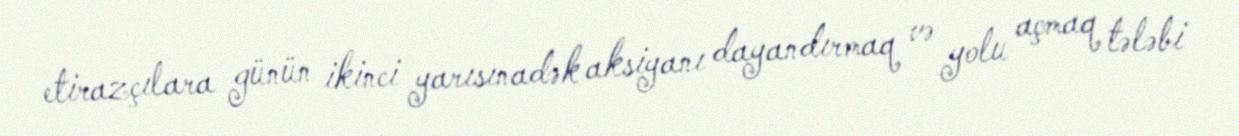
etirazçılara günün ikinci yarısınadək aksiyanı dayandırmaq və yolu açmaq tələbi